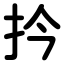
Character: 扲